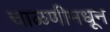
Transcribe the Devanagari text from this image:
चाळणीमधून